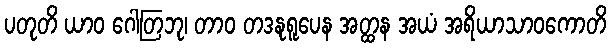
ပတုတိ ယာဝ ဂေါတြဘု၊ တာဝ တဒနုရူပေန အတ္ထန အယံ အရိယာသာဝကောတိ